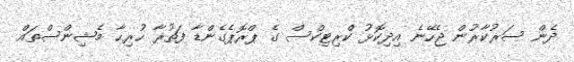
ދެން ސަރުކާރުން ޖެހޭނެ އިދިކޮޅު ކްރިޓިކްސް ގެ ޕްރޮޕެގެންޑާ ފަތުރާ ހުރިހާ މެޝިންސްތައް